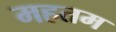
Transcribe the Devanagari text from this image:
महतम